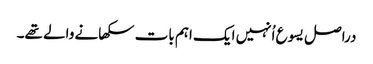
‏ دراصل یسوع اُنہیں ایک اہم بات سکھانے والے تھے۔